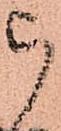
被